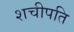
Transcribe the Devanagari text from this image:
शचीपति